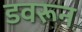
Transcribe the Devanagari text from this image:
डवरून